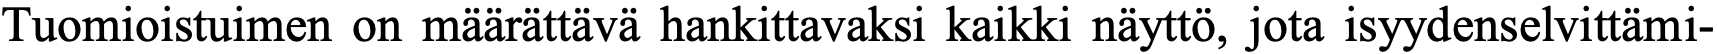
Tuomioistuimen on määrättävä hankittavaksi kaikki näyttö, jota isyydenselvittämi-